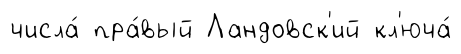
числа́ пра́вый Ландовск'ий кл'юча́